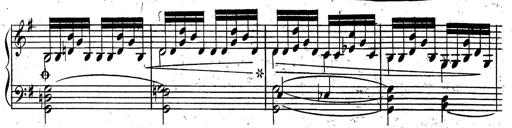
Title: Rondeau fantastique sur un thÃ¨me espagnol
Composer: Franz Liszt